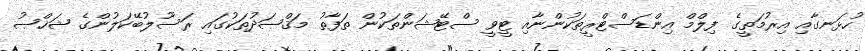
ހުޅަނގާއި އިރުމަތީގެ ފިލްމް އިންޑަސްޓްރީތަކުންނާއި ޓީވީ ސްޓޭޝަންތަކުން ތަފާތު މަޤްޞަދުތަކުގައި ރަސޫލުބޭކަލުންގެ ޝަޚްޞު